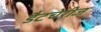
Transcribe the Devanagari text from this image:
डैटचेरीज